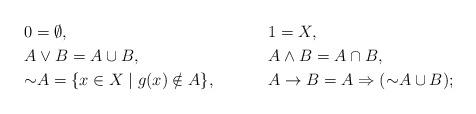
LaTeX: \begin{align*} & 0 = \emptyset,& & 1 = X, \\ & A \vee B = A \cup B,& & A \wedge B = A \cap B, \\ & {\sim} A = \{ x \in X \mid g(x) \notin A \},& &A \to B = A \Rightarrow ({\sim} A \cup B);\end{align*}